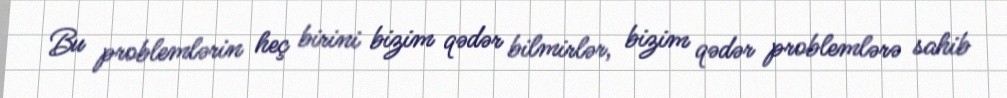
Bu problemlərin heç birini bizim qədər bilmirlər, bizim qədər problemlərə sahib